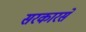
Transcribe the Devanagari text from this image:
सरकारसे